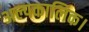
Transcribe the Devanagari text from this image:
अल्पकालिक।